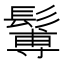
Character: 䰊